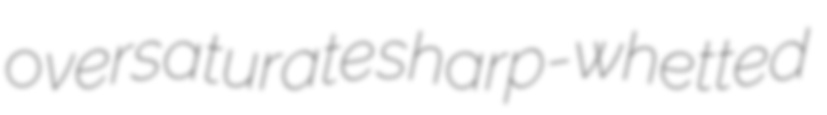
oversaturate sharp-whetted